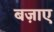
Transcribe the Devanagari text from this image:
बज़ाए